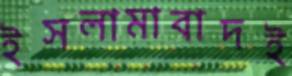
ইসলামাবাদই